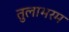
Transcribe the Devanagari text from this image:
तुलाभरम